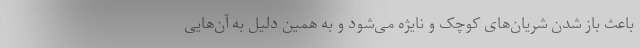
باعث باز شدن شریان‌های کوچک و نایژه می‌شود و به همین دلیل به آن‌هایی